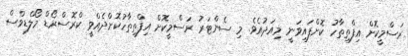
ރަސްމީކޮށް އިފްތިތާހު ކޮށްފައިވަނީ މިއަދުއެވެ. މި ސެންޓަރު ރަސްމީކޮށް އިފްތިތާހުކޮށްދެއްވީ ކްރޮސްރޯޑް މޯލްޑިވްސް